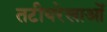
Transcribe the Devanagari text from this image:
तटीयरेखाओं